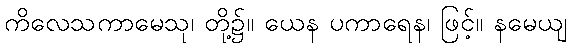
ကိလေသကာမေသု၊ တို့၌။ ယေန ပကာရေန၊ ဖြင့်။ နမေယျ